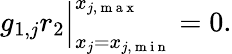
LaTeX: \begin{array}{r}{g_{1,j}r_{2}\Big|_{x_{j}=x_{j,\mathrm{~m~i~n~}}}^{x_{j,\mathrm{~m~a~x~}}}=0.}\end{array}